Mental hospitals Bombay report 1929-33 - 1929-1933
Year: 1929
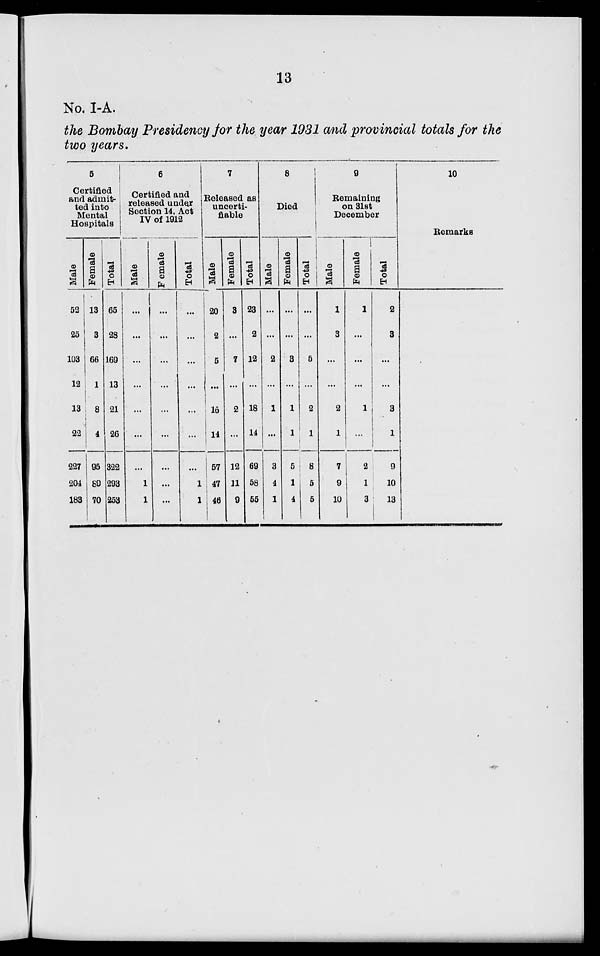
13
No. I-A.
the Bombay Presidency for the year 1931 and provincial totals for the
two years.
5
Certified
and admit-
ted into
Mental
Hospitals
Male
52
25
103
12
13
22
227
204
183
Female
13
3
66
1
8
4
95
89
70
Total
65
28
169
13
21
26
322
293
253
6
Certified and
released under
Section 14, Act
IV of 1912
Male
...
...
...
...
...
...
...
1
1
Female
...
...
...
...
...
...
...
...
...
Total
...
...
...
...
...
...
...
1
1
7
Released as
uncerti-
fiable
Male
20
2
5
...
l6
14
57
47
46
Female
3
...
7
...
2
...
12
11
9
Total
23
2
12
...
18
14
69
58
55
8
Died
Male
...
...
2
...
1
...
3
4
1
Female
...
...
3
...
1
1
5
1
4
Total
...
...
5
...
2
1
8
5
5
9
Remaining
on 31st
December
Male
1
3
...
...
2
1
7
9
10
Female
1
...
...
...
1
...
2
1
3
Total
2
3
...
...
3
1
9
10
13
10
Remarks